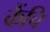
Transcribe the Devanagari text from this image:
कैंचि